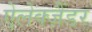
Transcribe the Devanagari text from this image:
ऐलेक्ज़ैंडर